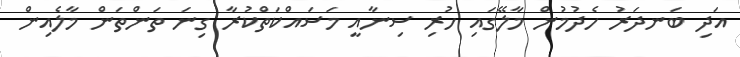
އަދި ބަނދަރު ހެދުމުން މާލޭގައި ހުރި ސިނާއީ މަސައްކަތްކުރާ ގިނަ ތަންތަން މާލެއިން